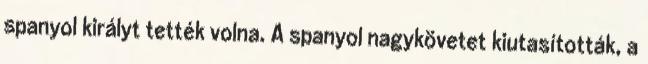
spanyol királyt tették volna. A spanyol nagykövetet kiutasították, a